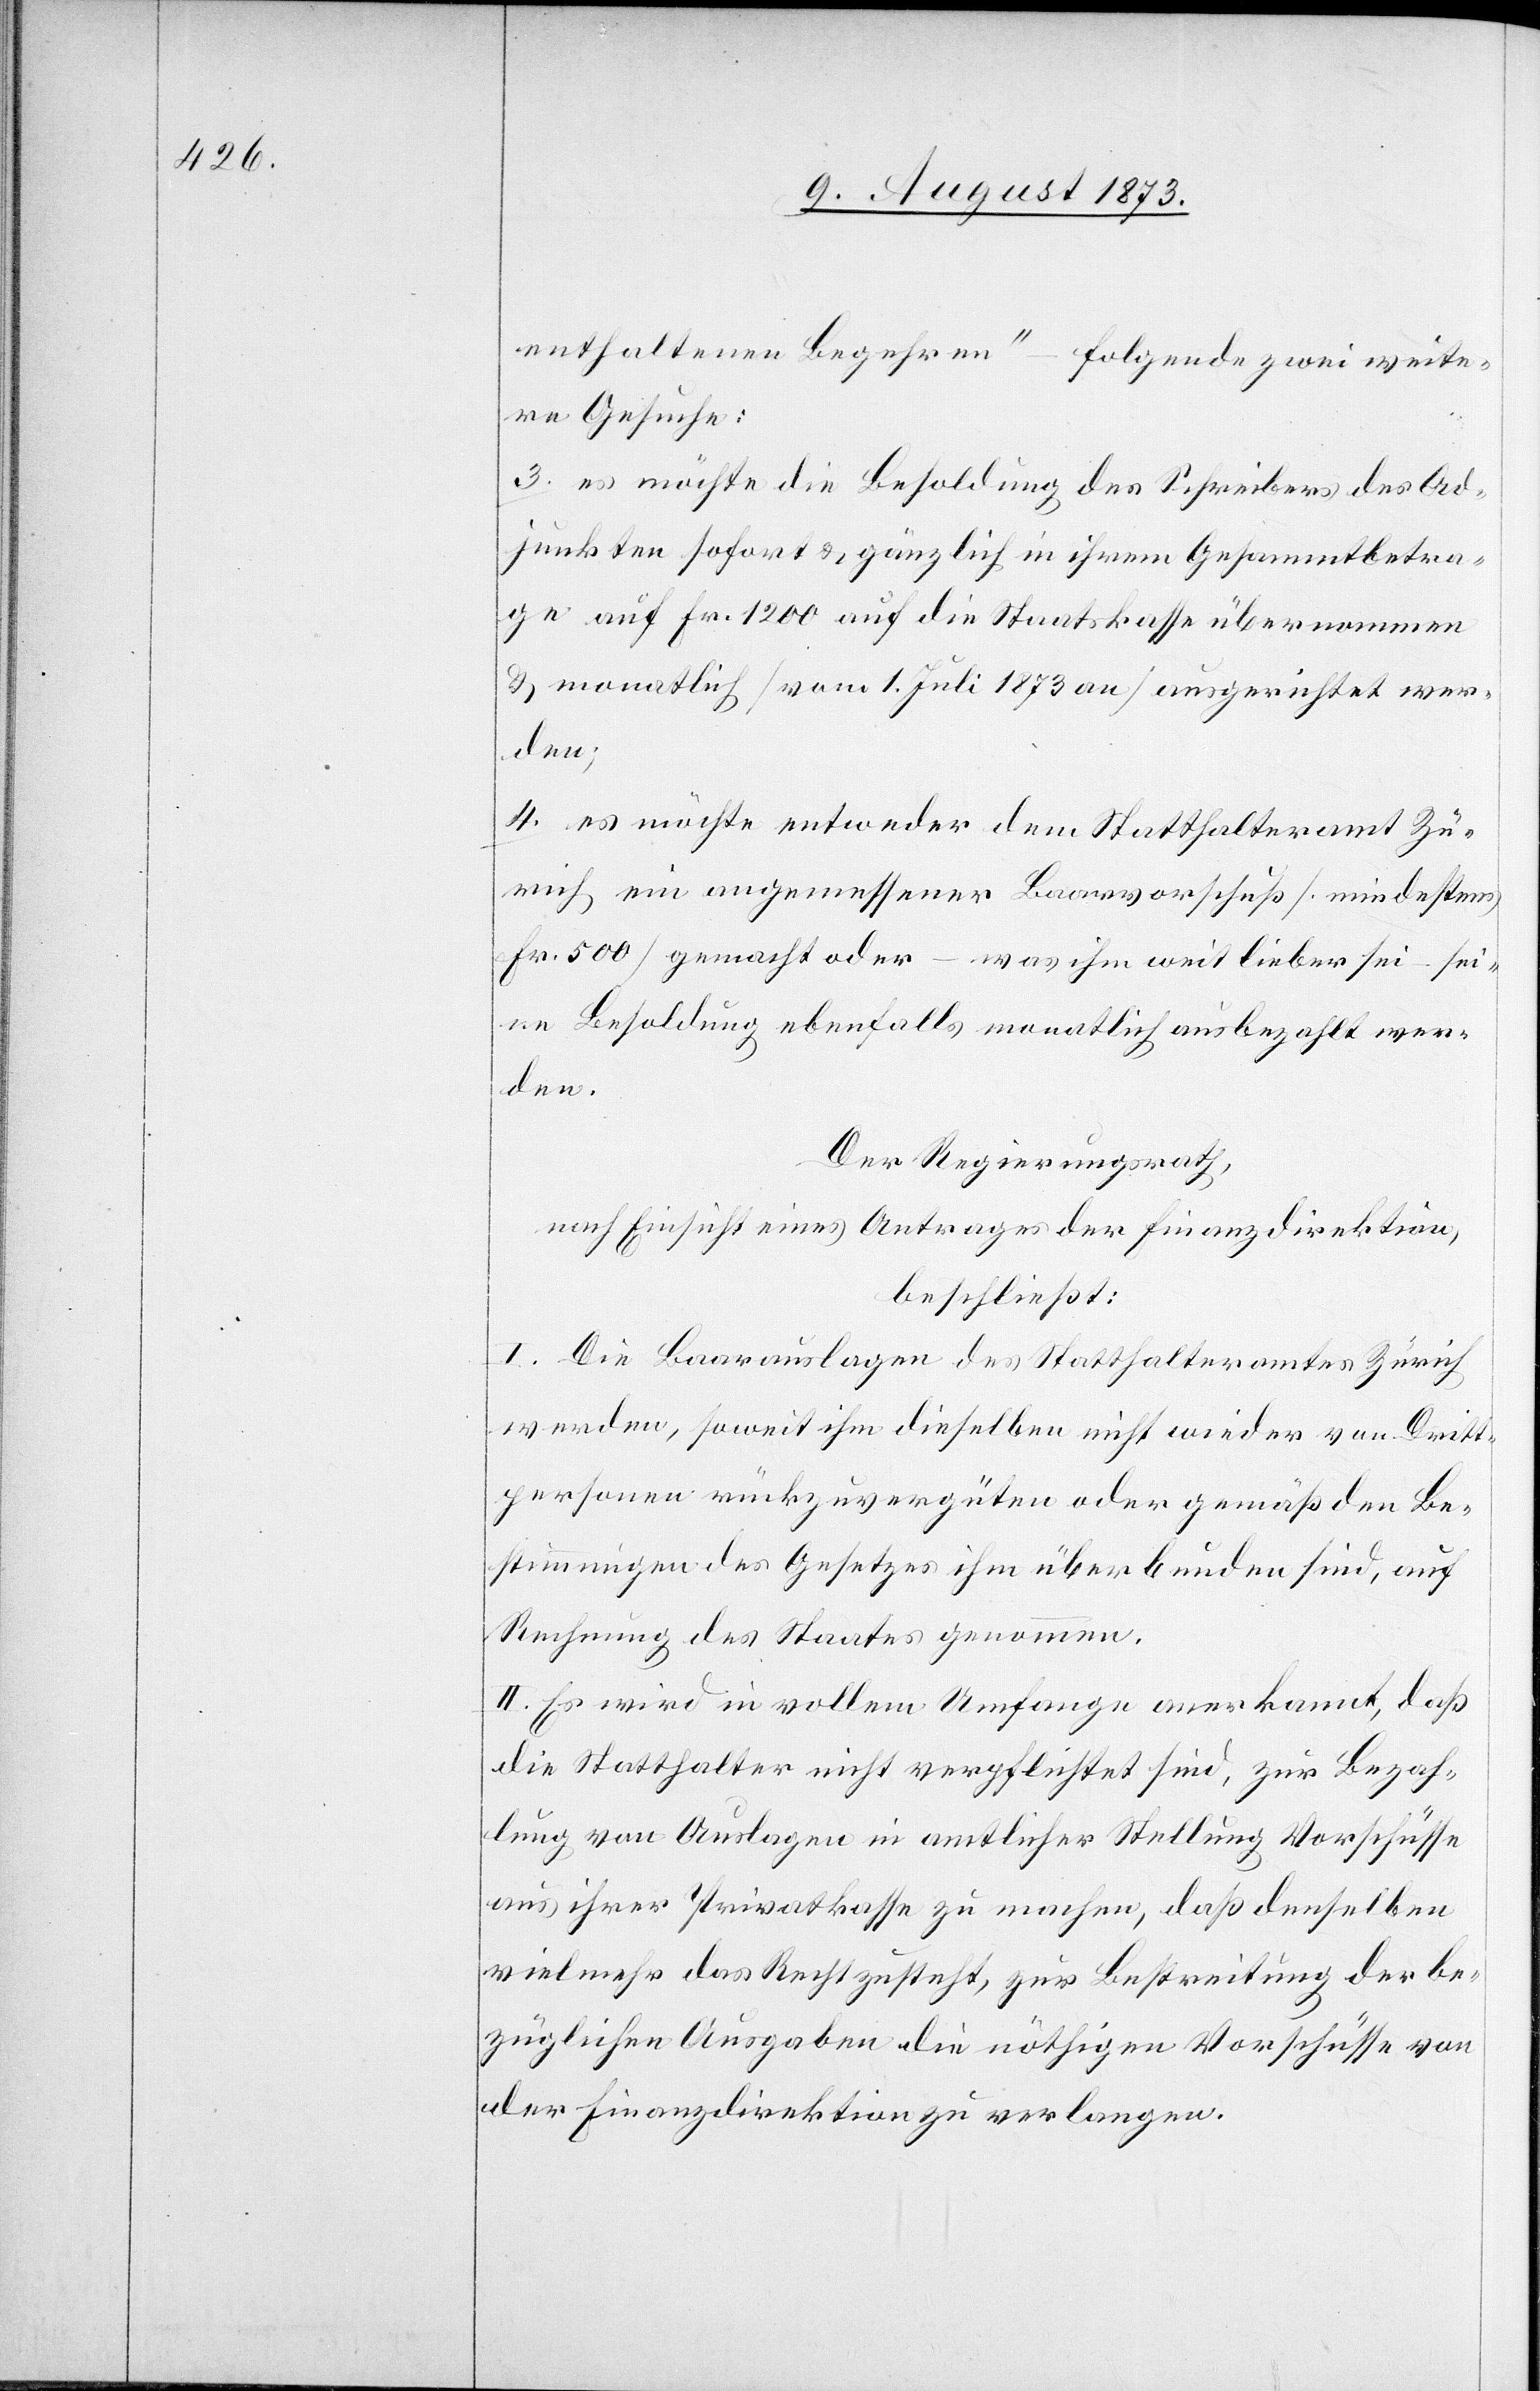
enthaltenen Begehren“ – folgende zwei weite¬
re Gesuche:
3. es möchte die Besoldung des Schreibers des Ad¬
junkten sofort & gänzlich in ihrem Gesammtbetra¬
ge auf Fr. 1 200 auf die Staatskasse übernommen
& monatlich [vom 1. Juli 1873 an] ausgerichtet wer¬
den;
4. es möchte entweder dem Statthalteramt Zü¬
rich ein angemessener Baarvorschuß [mindestens
Fr. 500] gemacht oder – was ihm weit lieber sei – sei¬
ne Besoldung ebenfalls monatlich ausbezahlt wer¬
den.
Der Regierungsrath,
nach Einsicht eines Antrages der Finanzdirektion,
beschließt:
I. Die Baarauslagen des Statthalteramtes Zürich
werden, soweit ihm dieselben nicht wieder von Dritt¬
personen rückzuvergüten oder gemäß den Be¬
stimmungen des Gesetzes ihm überbunden sind, auf
Rechnung des Staates genommen.
II. Es wird in vollem Umfange anerkannt, daß
die Statthalter nicht verpflichtet sind, zur Bezah¬
lung von Auslagen in amtlicher Stellung Vorschüsse
aus ihrer Privatkasse zu machen, daß denselben
vielmehr das Recht zusteht, zur Bestreitung der be¬
züglichen Ausgaben die nöthigen Vorschüsse von
der Finanzdirektion zu verlangen.